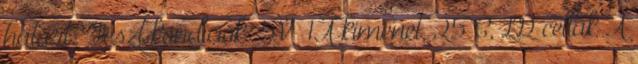
határt. Teszt kondíciók: 5V 1A kimenet, 25°C, LG cellák A